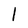
Character: 1